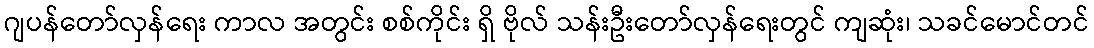
ဂျပန်တော်လှန်ရေး ကာလ အတွင်း စစ်ကိုင်း ရှိ ဗိုလ် သန်းဦးတော်လှန်ရေးတွင် ကျဆုံး၊ သခင်မောင်တင်